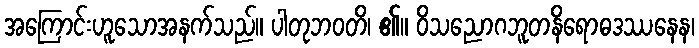
အကြောင်းဟူသောအနက်သည်။ ပါတုဘဝတိ၊ ၏။ ဝိသညောဂဘူတနိရောဓဒဿနေန၊